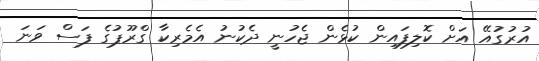
އުރުގުއޭ އަށް ކޮލިފައިން ކުޅެން ޖެހުނީ ދެކުނު އެމެރިކާ ގްރޫޕުގެ ފަސް ވަނަ